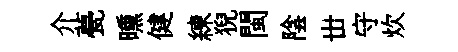
介甍曛健練猊閩陰丗守炊